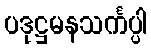
ပဒုဋ္ဌမနသင်္ကပ္ပါ